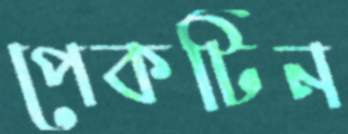
পেকটিন